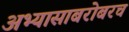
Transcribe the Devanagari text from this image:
अभ्यासाबरोबरच